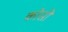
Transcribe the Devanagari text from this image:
काेसी